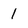
Character: 1